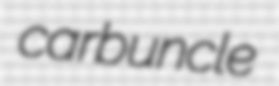
carbuncle